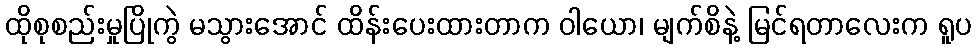
ထိုစုစည်းမှုပြိုကွဲ မသွားအောင် ထိန်းပေးထားတာက ဝါယော၊ မျက်စိနဲ့ မြင်ရတာလေးက ရူပ